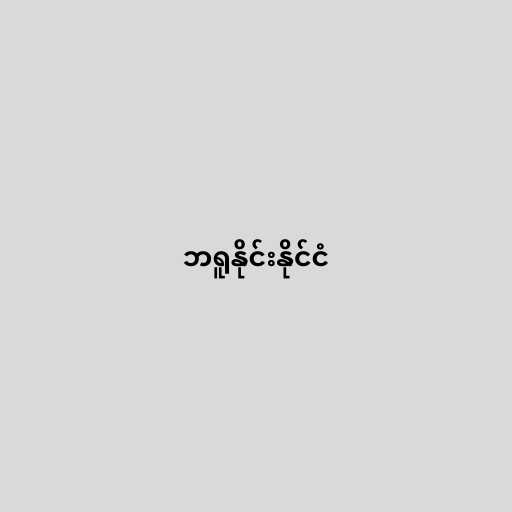
ဘရူနိုင်းနိုင်ငံ